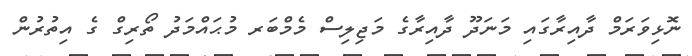
ނޮޅިވަރަމް ދާއިރާގައި މަނަދޫ ދާއިރާގެ މަޖިލިސް މެމްބަރ މުޙައްމަދު ތޯރިގް ގެ އިތުރުން